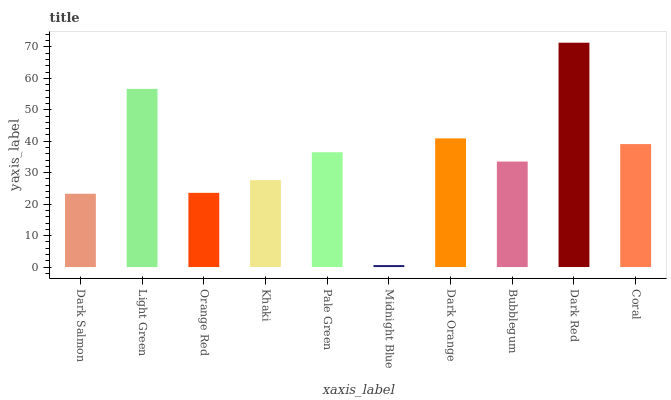
| xaxis_label | bars |
 | --- | --- |
 | Dark Salmon | 23.3 |
 | Light Green | 56.6 |
 | Orange Red | 23.6 |
 | Khaki | 27.6 |
 | Pale Green | 36.5 |
 | Midnight Blue | 0.612 |
 | Dark Orange | 40.9 |
 | Bubblegum | 33.5 |
 | Dark Red | 71.3 |
 | Coral | 39.1 |